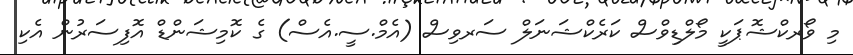
މި ވޯރކްޝޮޕަކީ މޯލްޑިވްސް ކަރެކްޝަނަލް ސަރވިސް (އެމް.ސީ.އެސް) ގެ ކޮމިޝަންޑް އޮފިސަރުން އެކި